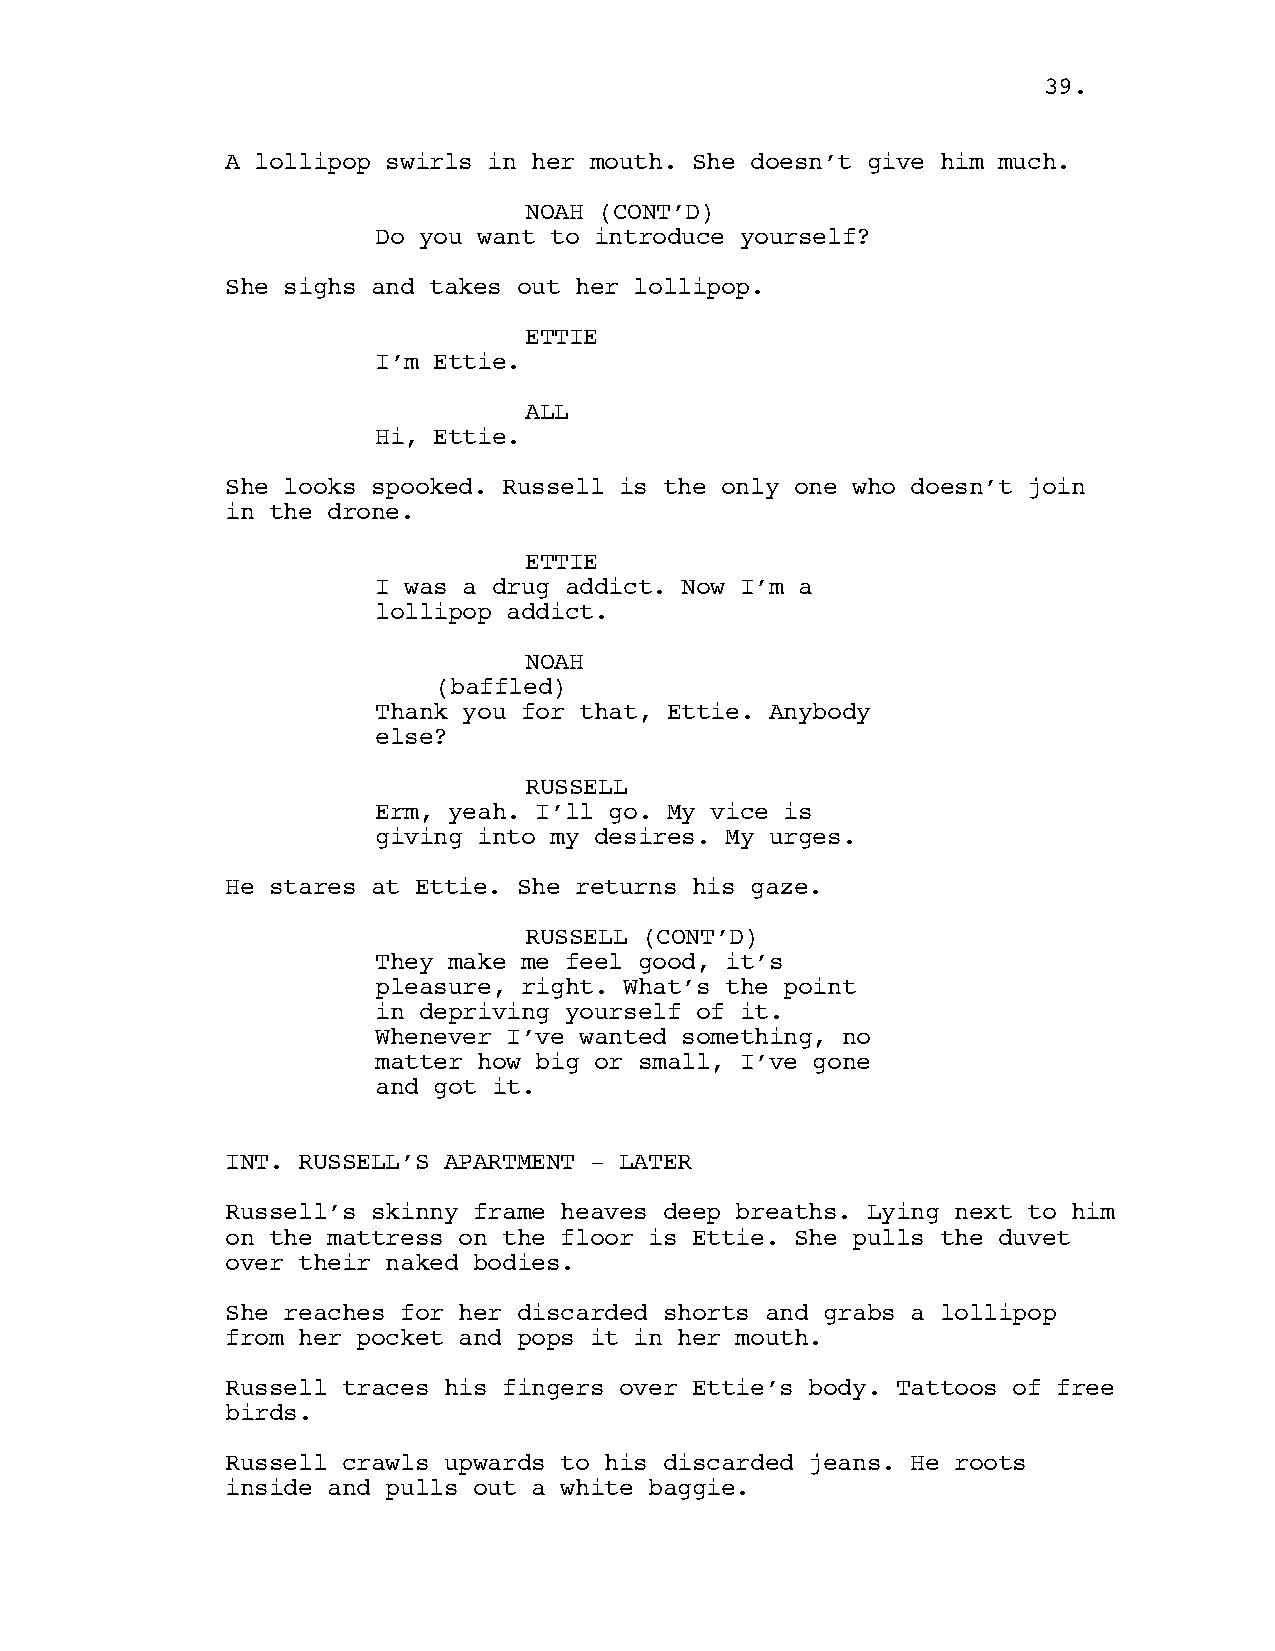
39.
 A lollipop swirls in her mouth. She doesn’t give him much.
 NOAH (CONT’D)
 Do you want to introduce yourself?
 She sighs and takes out her lollipop.
 ETTIE
 I’m Ettie.
 ALL
 Hi, Ettie.
 She looks spooked. Russell is the only one who doesn’t join
 in the drone.
 ETTIE
 I was a drug addict. Now I’m a
 lollipop addict.
 NOAH
 (baffled)
 Thank you for that, Ettie. Anybody
 else?
 RUSSELL
 Erm, yeah. I’ll go. My vice is
 giving into my desires. My urges.
 He stares at Ettie. She returns his gaze.
 RUSSELL (CONT’D)
 They make me feel good, it’s
 pleasure, right. What’s the point
 in depriving yourself of it.
 Whenever I’ve wanted something, no
 matter how big or small, I’ve gone
 and got it.
 INT. RUSSELL’S APARTMENT - LATER
 Russell’s skinny frame heaves deep breaths. Lying next to him
 on the mattress on the floor is Ettie. She pulls the duvet
 over their naked bodies.
 She reaches for her discarded shorts and grabs a lollipop
 from her pocket and pops it in her mouth.
 Russell traces his fingers over Ettie’s body. Tattoos of free
 birds.
 Russell crawls upwards to his discarded jeans. He roots
 inside and pulls out a white baggie.